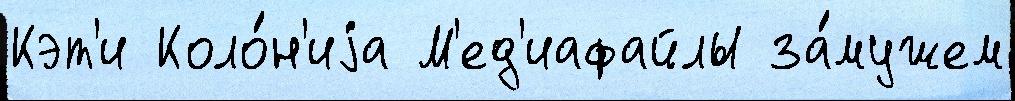
Кэт'и Коло́н'иjа М'ед'иафайлы за́мужем